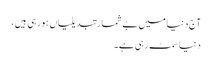
آج دنیا میں بے شمارتبدیلیاں ہورہی ہیں،
دنیا سمٹ رہی ہے۔